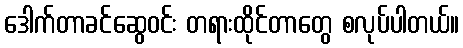
ဒေါက်တာခင်ဆွေဝင်း တရားထိုင်တာတွေ စလုပ်ပါတယ်။